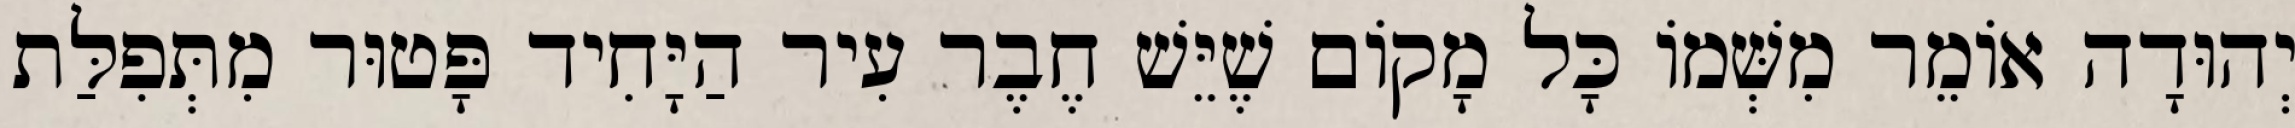
יְהוּדָה אוֹמֵר מִשְּׁמוֹ כָּל מָקוֹם שֶׁיֵּשׁ חֶבֶר עִיר הַיָּחִיד פָּטוּר מִתְּפִלַּת